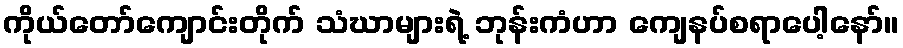
ကိုယ်တော်ကျောင်းတိုက် သံဃာများရဲ့ ဘုန်းကံဟာ ကျေနပ်စရာပေါ့နော်။